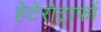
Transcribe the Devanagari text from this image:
हेटेरोट्राफों